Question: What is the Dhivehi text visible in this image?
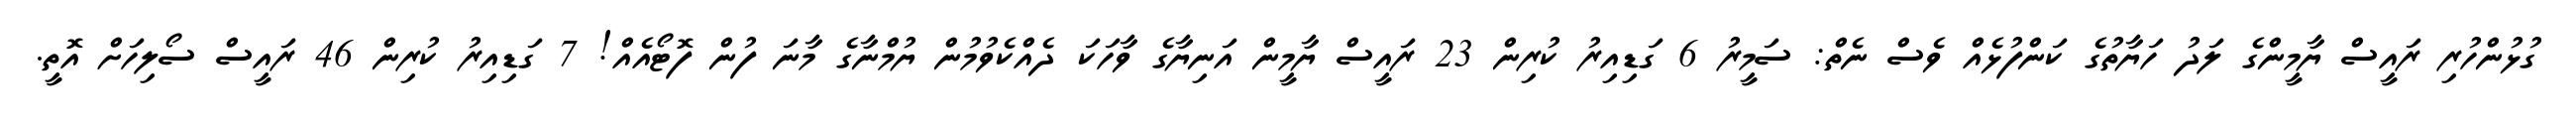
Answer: ގުޅުންހުރި ރައީސް ޔާމީންގެ ލަދު ހަޔާތުގެ ކަންފުޅެއް ވެސް ނެތް: ސަމީރު 6 ގަޑިއިރު ކުރިން 23 ރައީސް ޔާމީން އަނިޔާގެ ވާހަކަ ދެއްކެވުމުން ޔުމްނާގެ މާނަ ފުން ފޮޓޯއެއް! 7 ގަޑިއިރު ކުރިން 46 ރައީސް ސޯލިހަށް އޮތީ.